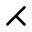
\rightthreetimes